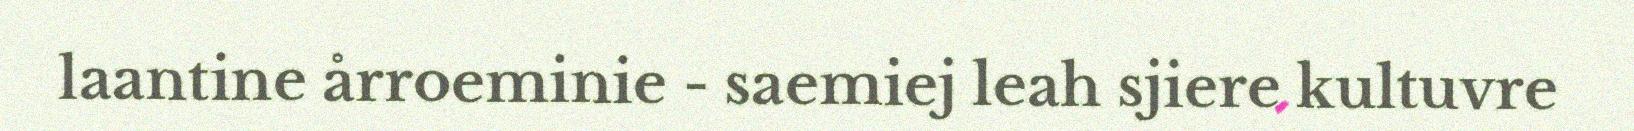
laantine årroeminie - saemiej leah sjiere kultuvre